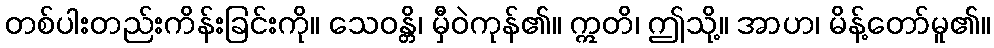
တစ်ပါးတည်းကိန်းခြင်းကို။ သေဝန္တိ၊ မှီဝဲကုန်၏။ ဣတိ၊ ဤသို့။ အာဟ၊ မိန့်တော်မူ၏။